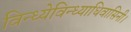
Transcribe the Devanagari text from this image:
विन्ध्येविन्ध्याधिवासिनी।